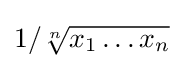
1/{\sqrt[{n}]{x_{1}\dots x_{n}}}